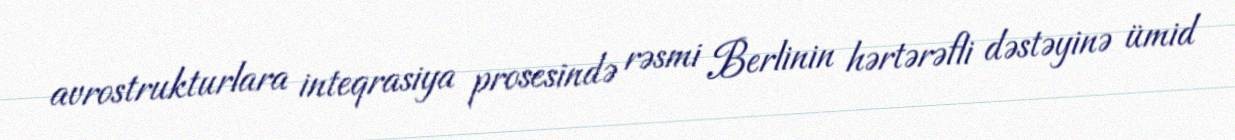
avrostrukturlara inteqrasiya prosesində rəsmi Berlinin hərtərəfli dəstəyinə ümid